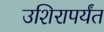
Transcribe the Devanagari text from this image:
उशिरापर्यंत